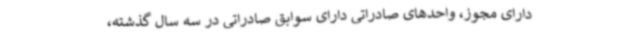
دارای مجوز، واحدهای صادراتی دارای سوابق صادراتی در سه سال گذشته،